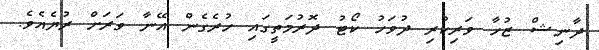
ދާނިޝް ޒުހާ ވަރިކުރި ދުވަހު ކޯޓު ދޮރުމަތީގައި ހުރެގެން އޭނާ ވަރަށް ރުޔެއެވެ.